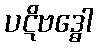
ပဋိဗဒ္ဓေါ